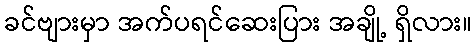
ခင်ဗျားမှာ အက်ပရင်ဆေးပြား အချို့ ရှိလား။